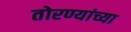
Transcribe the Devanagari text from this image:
तोरण्यांच्या